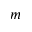
m